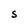
Character: S